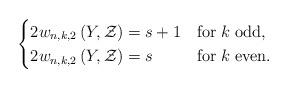
LaTeX: \begin{align*}\begin{cases}2w_{n,k,2}\left(Y,\mathcal{Z}\right)=s+1 & {\rm for\;}k\;{\rm odd}, \\2w_{n,k,2}\left(Y,\mathcal{Z}\right)=s & {\rm for\;}k\;{\rm even}. \end{cases}\end{align*}